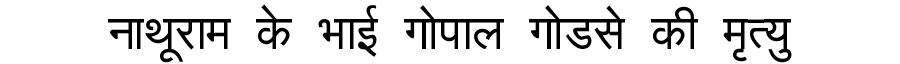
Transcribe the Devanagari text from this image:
नाथूराम के भाई गोपाल गोडसे की मृत्यु